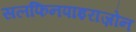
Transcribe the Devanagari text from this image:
सलफिनपाइराज़ोन